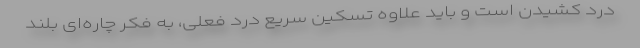
درد کشیدن است و باید علاوه تسکین سریع درد فعلی، به فکر چاره‌ای بلند